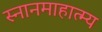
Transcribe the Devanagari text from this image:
स्नानमाहात्म्य